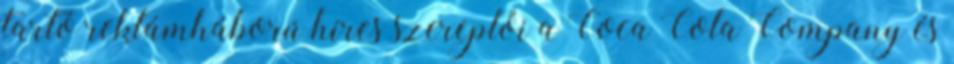
tartó reklámháború híres szereplői a Coca Cola Company és